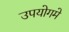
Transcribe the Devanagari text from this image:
उपयोगमे